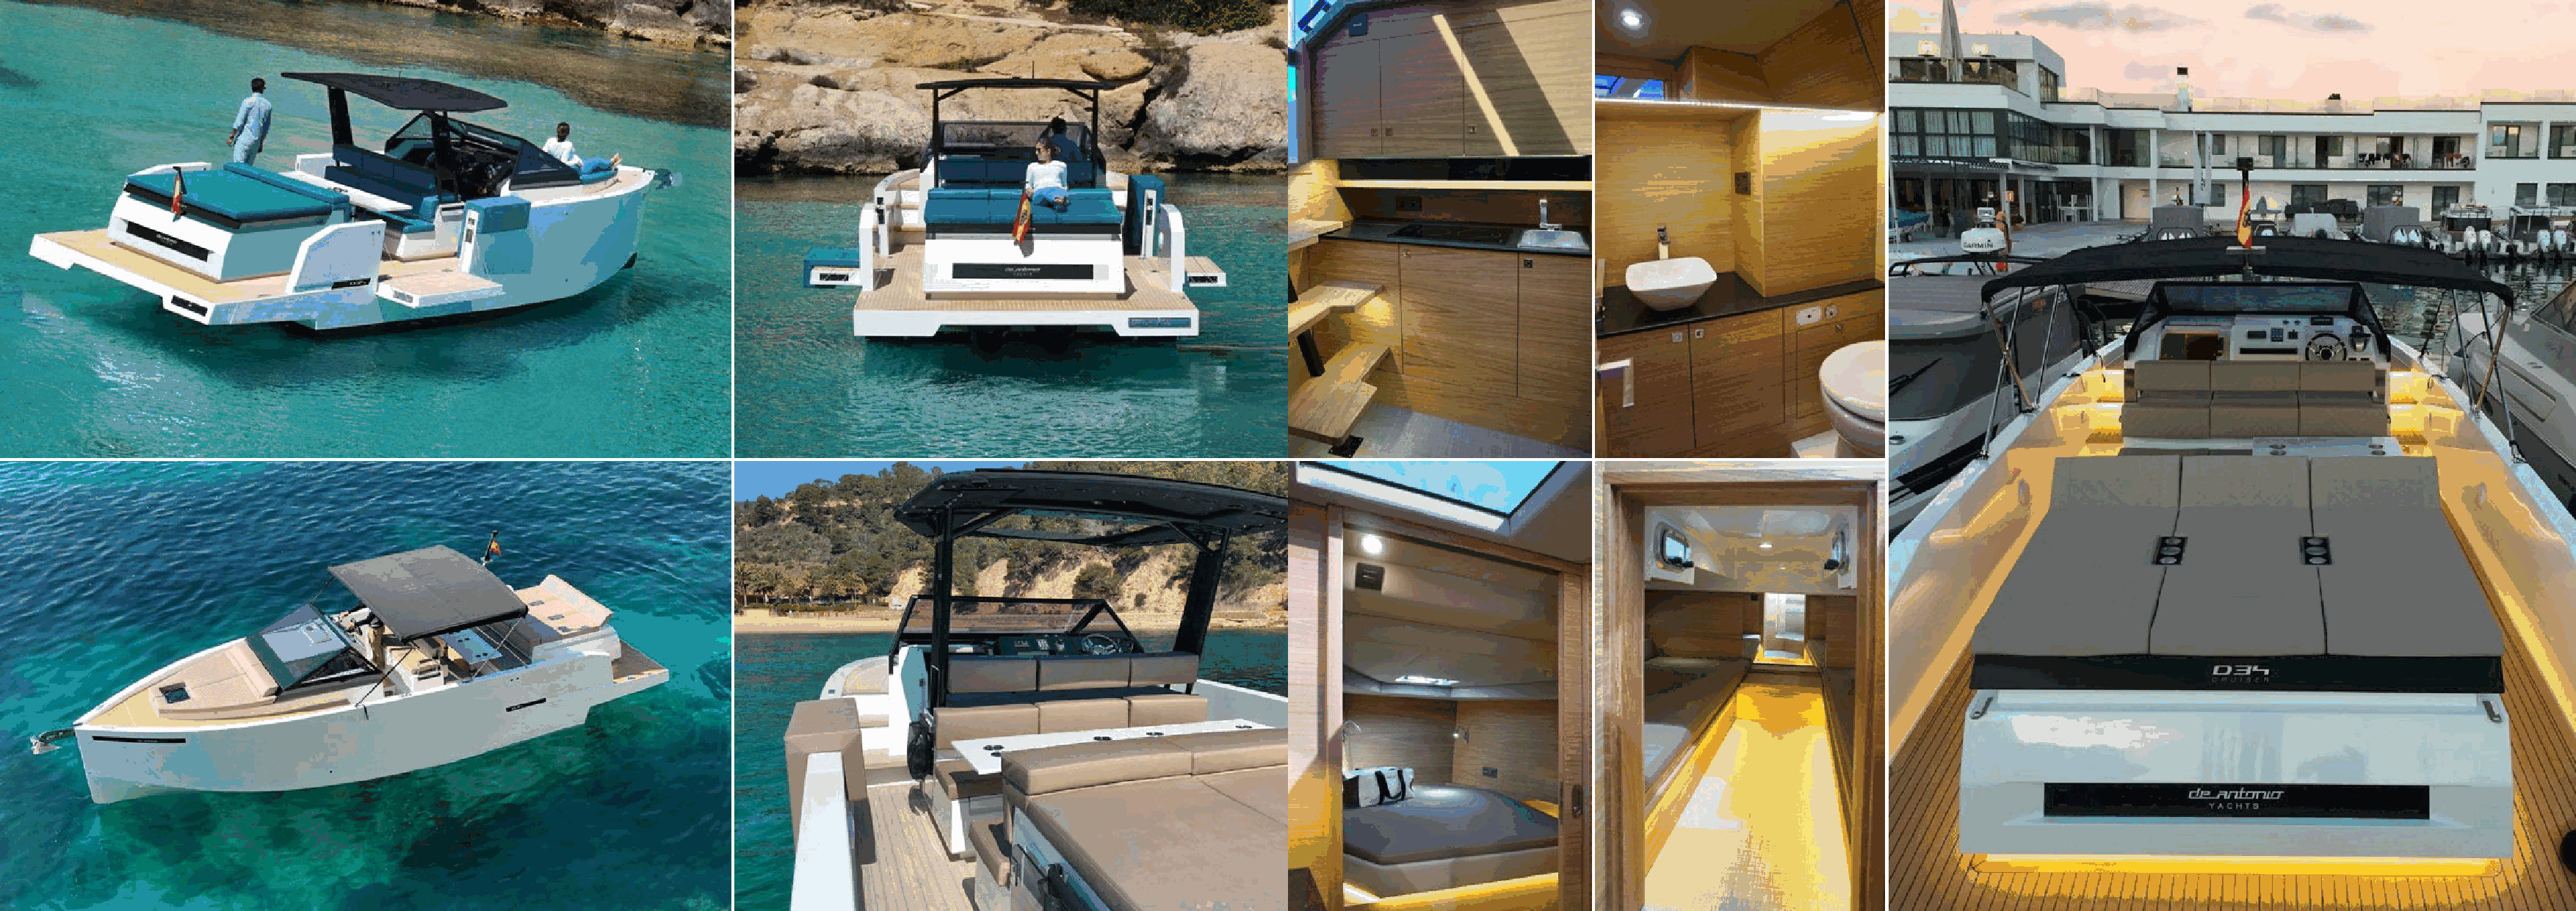
34                                                                                                                                                                                                                               35